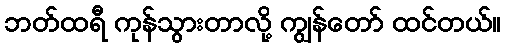
ဘတ်ထရီ ကုန်သွားတာလို့ ကျွန်တော် ထင်တယ်။